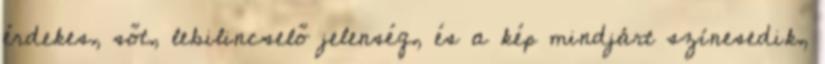
érdekes, sőt, lebilincselő jelenség, és a kép mindjárt színesedik,